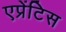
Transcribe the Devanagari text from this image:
एप्रेंटिस